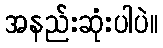
အနည်းဆုံးပါပဲ။